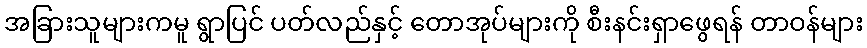
အခြားသူများကမူ ရွာပြင် ပတ်လည်နှင့် တောအုပ်များကို စီးနင်းရှာဖွေရန် တာဝန်များ